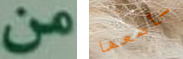
من سأضعها